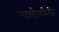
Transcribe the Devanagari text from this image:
स्वामीअभिनीत